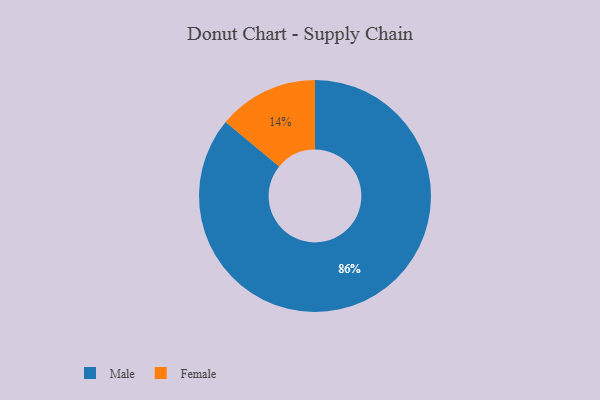
{"axis": {"x": "Category", "y": "Percentage"}, "legend": ["Female", "Male"], "data": [{"x": "Male", "y": 86, "type": "Male"}, {"x": "Female", "y": 14, "type": "Female"}]}